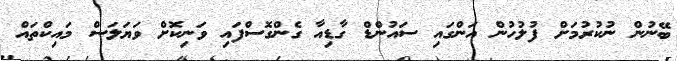
ބޭނުން ނުކުރުމަށް ފުލުހުން އަންގައި ސައުންޑް ގާޑިއާ ގެންގޮސްފައި ވަނިކޮށް ވަޔަލަސް މައިކްތައް